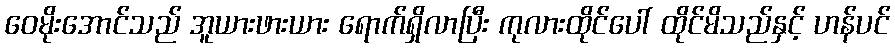
ဝေမိုးအောင်သည် အူယားဖားယား ရောက်ရှိလာပြီး ကုလားထိုင်ပေါ် ထိုင်မိသည်နှင့် ဟန်ပင်